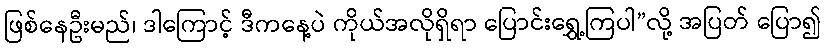
ဖြစ်နေဦးမည်၊ ဒါကြောင့် ဒီကနေ့ပဲ ကိုယ်အလိုရှိရာ ပြောင်းရွှေ့ကြပါ”လို့ အပြတ် ပြော၍